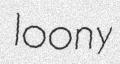
loony